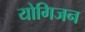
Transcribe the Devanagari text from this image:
योगिजन